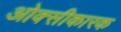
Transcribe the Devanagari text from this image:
ओक्सीकारक